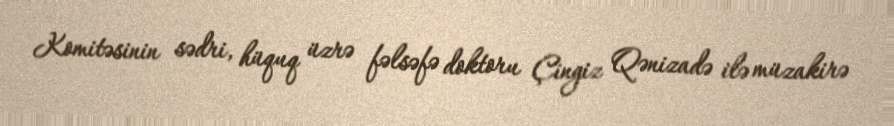
Komitəsinin sədri, hüquq üzrə fəlsəfə doktoru Çingiz Qənizadə ilə müzakirə